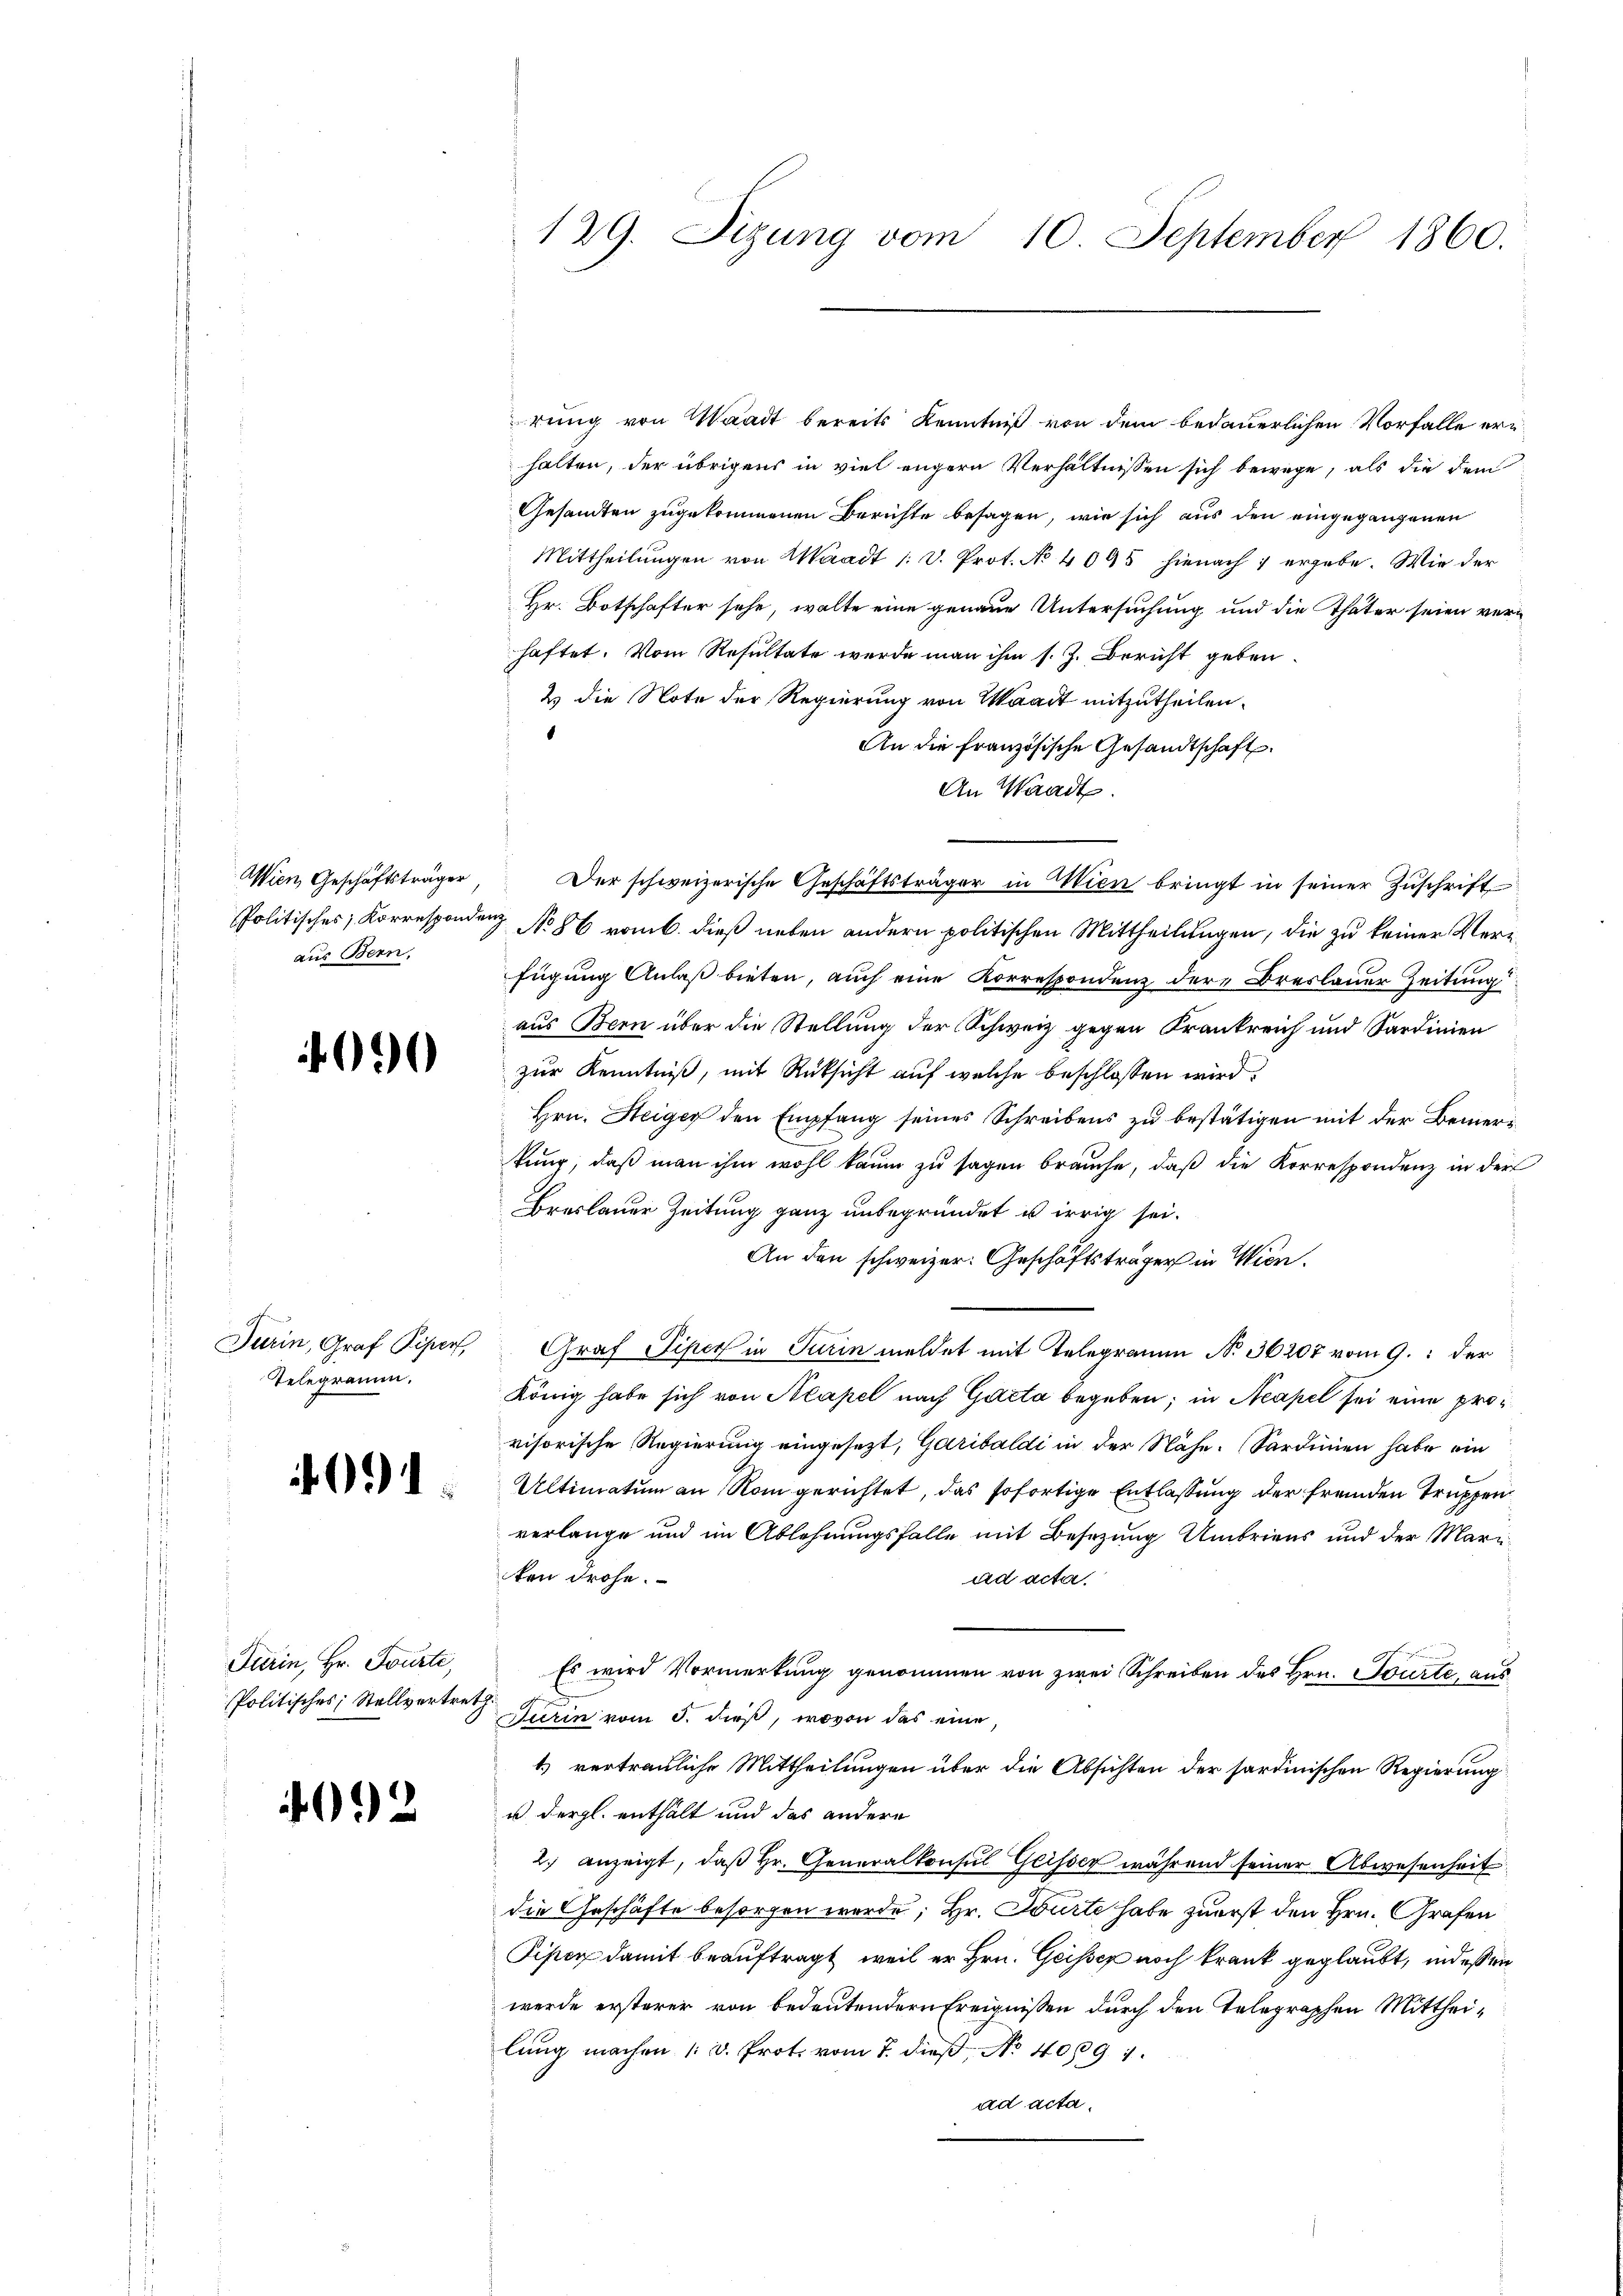
aus Bern.

90

Telegramm.

)

Turin, Hr. Tourte,
Politisches Stellvertret

2

rung von Waadt bereits Kenntniß von dem bedauerlichen Vorfalle erhalten, der übrigens in viel engern Verhältnissen sich bewege, als die dem
Gesandten zugekommenen Berichte besagen, wie sich aus den eingegangenen
Mittheilungen von Waadt /: D. Prot. No 4095 hienach ergebe. Wie der
Hr. Botschafter sehe, walte eine genaue Untersuchung und die Thäter seien verhaftet. Vom Resultate werde man ihm s. Z. Bericht geben.
2 die Note der Regierung von Waadt mitzutheilen.
An die französische Gesandtschaft
An Waadt.
Politisches, Korrespondenz No 86 vom b. dieß neben andern politischen Mittheilungen, die zu keiner Verfügung Anlaß bieten, auch eine Korrespondenz dere Breslauer Zeitung
aus Bern über die Stellung der Schweiz gegen Krankreich und Sardinien
zur Kenntniß, mit Rücksicht auf welche beschlossen wird.
Hrn. Heiger den Empfang seines Schreibens zu bestätigen mit der Bemerkung, daß man ihm wohl kaum zu sagen brauche, daß die Korrespondenz in der
Breslauer Zeitung ganz unbegründet es irrig sei.
An den schweizer. Geschäftsträger in Wien.
Turin, Graf Piper, Graf Piper in Turin meldet mit Telegramm No. 36207 vom 9. der
König habe sich von Neapel nach Gacta begeben; in Neapel sei eine provisorische Regierung eingesezt, Garibaldi in der Nähe. Sardinien habe ein
Ultimatum an Rom gerichtet, das sofortige Entlassung der fremden Truppen
verlange und im Ablehnungsfalle mit Besetzung Umbriens und der Mariken drohe.
ad acta.
Es wird Vormerkung genommen von zwei Schreiben des Hrn. Tourte, aus
Turin vom 5. dieß, wovon das eine
1) vertrauliche Mittheilungen über die Absichten der sardinischen Regierung
u dergl. enthält und das andere
2. anzeigt, daβ hr. Generalkonsul Geisser während seiner Abwesenheit
die Geschäfte besorgen werde; Hr. Würte habe zuerst den Hrn. Grafen
Piper damit beauftragt, weil er Hrn. Geisser noch krank geglaubt, indessen
werde ersterer von bedeutendern Ereignissen durch den Telegraphen Mittheilung machen (d. Prot. vom 7. dieß, No 40891.
ad acta.

129. Sizung vom 10. September 1860.

Wien, Geschäftsträger,  Der schweizerische Geschäftsträger in Wien bringt in seiner Zuschrift